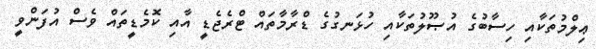
ޢިލްމުތަކާއި ހިސާބުގެ އުޞޫލުތަކާއި ހުޅަނގުގެ ޑްރާމާތައް ޓްރެޖެޑީ އާއި ކޮމެޑީތައް ވެސް އުފަންވީ